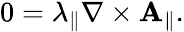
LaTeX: \begin{array}{r}{0=\lambda_{\parallel}\nabla\times\mathbf{A}_{\parallel}.}\end{array}